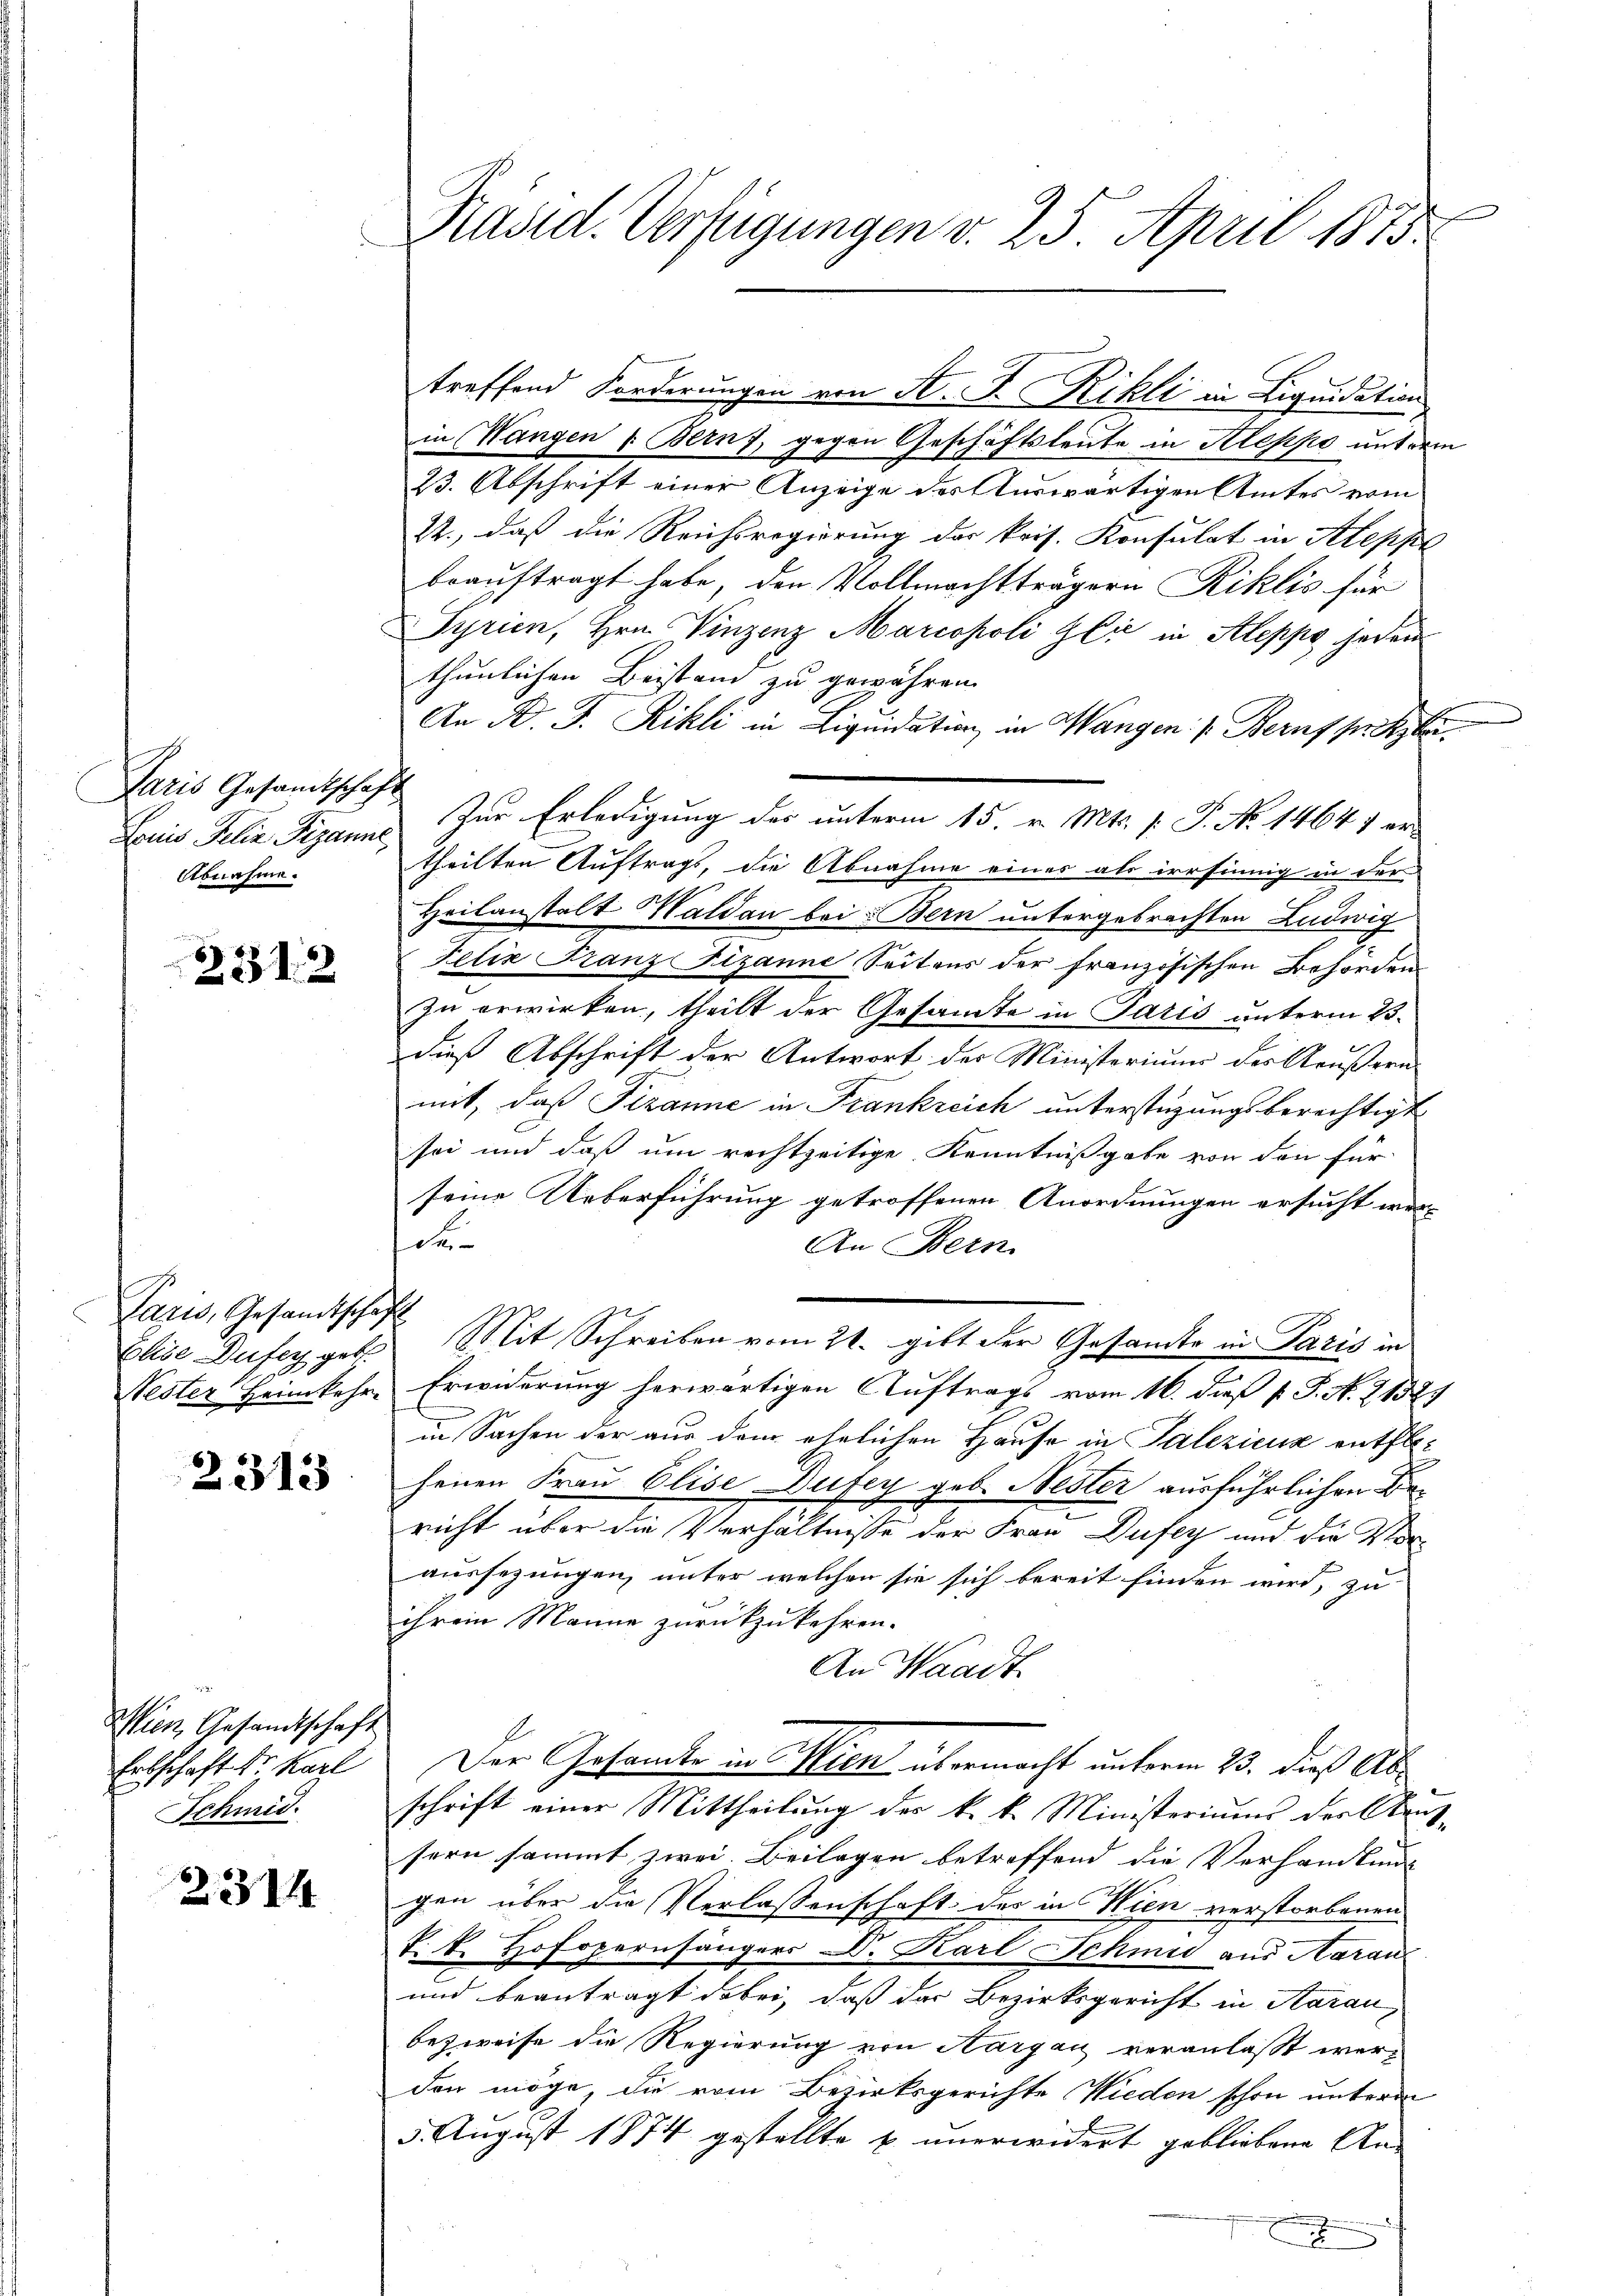
Paris Gesandtschaft
Louis Felix Tizanne
Abnahme.

2312

Paris, Gesandtschaft
Elise Dufey geb.

2313

Wien, Gesandtschaft
Erbschaft Sr. Karl
Schmid.

231

Präsid. Verfügungen v. 25. April 1873.

treffend Forderungen von St. J. Rikli in Liquidation
in Wangen v. Bern, gegen Geschäftsleute in Aleppo unterm
23. Abschrift einer Anzeige des Auswärtigen Amtes vom
22., daß die Reichsregierung der kris. Konsulat in Aleppe
beauftragt habe, den Vollmachtträgern Riklis für
Syrien, Hrn. Vinzenz Marcopoli Gli in Aleppe jeden
thunlichen Beistand zu gewähren.
An D. J. Rikli in Liquidation, in Wangen /: Beruf setzte
Zur Erledigung des unterm 15. v. Mts. f. P. No 14647 er-
theilten Auftrags, die Abnahme eines als irrsinnig in der
Heilanstalt Waldau bei Bern untergebrachten Ludwig
Felix Franz Fizanne Seitens der französischen Behörden
zu erwirken, theilt der Gesamte in Paris unterm 23.
dieß Abschrift der Antwort des Ministerium des Aeußern
mit, daß Fizanne in Frankreich unterstüzungsberechtigt
sei und daß um rechtzeitige Kenntnißgabe von den für
seine Ueberführung getroffenen Anordnungen ersucht wer-
de
An Bern
Mit Schreiben vom 21. gibt der Gesandte in Paris in
Vester Heimkehr. Erwiderung herwärtigen Auftrags vom 16. dieß P. P. N. 21529
in Sachen der aus dem ehelichen Hause in Palezicus entflo-
henen Frau Elise Dufey geb. Nester ausführlichen Be¬
.
richt über die Verhältnisse der Frau Dufey und die Voraussezungen, unter welchen sie sich bereit finden wird, zu
ihrem Manne zurückzukehren.
An Waadt.
Der Gesamte in Wien übermacht unterm 23. dieß Abschrift einer Mittheilung des k. k. Ministeriums der Aussern sammt zwei. Beilagen betreffend die Verhandlung
gen über die Verlassenschaft des in Wien verstorbenen
T. k. Hofopernsängers Dr. Karl Schmid aus Haran
und beantragt dabei, daß das Bezirksgericht in Aarau
bezweife die Regierung von Aargau veranlaßt werden möge, die vom Bezirksgerichte Wieden schon unterm
5. August 1874 gestellte & unerwidert gebliebene An-